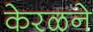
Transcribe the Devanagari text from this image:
केरळने